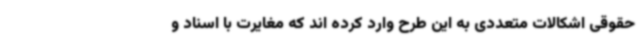
حقوقی اشکالات متعددی به این طرح وارد کرده اند که مغایرت با اسناد و